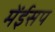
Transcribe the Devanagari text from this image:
मेंईसप